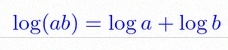
\log(ab)=\log a+\log b